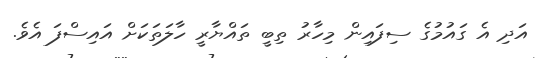
އަދި އެ ގައުމުގެ ސިފައިން މިހާރު ތިބީ ތައްޔާރީ ހާލަތަކަށް އައިސްފަ އެވެ.